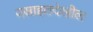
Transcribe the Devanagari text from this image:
वसाहतदेखील